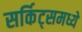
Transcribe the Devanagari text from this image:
सर्किट्समध्ये